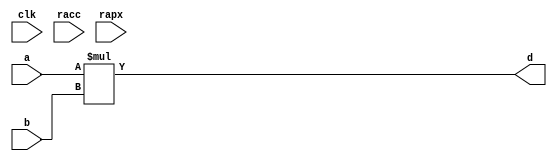
module conf_int_mul__noFF__arch_agnos( clk, racc, rapx, a, b, d);
   parameter OP_BITWIDTH = 16; 
   parameter DATA_PATH_BITWIDTH = 24;
   
   input clk;
   input racc;
   input rapx;
   input [DATA_PATH_BITWIDTH -1: 0] a;
   input [DATA_PATH_BITWIDTH -1 - 11: 0] b;
   output [(DATA_PATH_BITWIDTH + DATA_PATH_BITWIDTH ) - 1 - 11 : 0] d;
   assign d = $signed(a) * $signed(b);
endmodule

// *** F:DN multiplier wrapper
//module conf_int_mul__noFF__arch_agnos__w_wrapper( clk, racc, rapx, A_in_to_wrapper, B_in_to_wrapper, d, state, rstP, P, count0);

module conf_int_mul__noFF__arch_agnos__w_wrapper (A_in_to_wrapper, B_in_to_wrapper, state_in_to_wrapper, rstP, clk, racc,rapx, P, count0, state_out_of_wrapper);
   parameter OP_BITWIDTH = 16; //operator bit width
   parameter DATA_PATH_BITWIDTH = 24; //flip flop Bit width
   
   input [DATA_PATH_BITWIDTH -1: 0] A_in_to_wrapper;
   input [DATA_PATH_BITWIDTH -1 - 11: 0] B_in_to_wrapper;
   input [8:0] count0;
   input [2:0] state_in_to_wrapper;      
   output [2:0] state_out_of_wrapper;      
   input rstP; 
   input clk;
   input racc; //accurate bits reset  
   input rapx; //apx bits reset
   output [31:0] P; 

   wire [DATA_PATH_BITWIDTH -1: 0] A_in;
   wire [DATA_PATH_BITWIDTH -1 -11: 0] B_in;
   //wire [2*(DATA_PATH_BITWIDTH) - 1 : 0] d_;
   wire [(DATA_PATH_BITWIDTH + DATA_PATH_BITWIDTH) - 1 -11: 0] d_internal;
   wire [DATA_PATH_BITWIDTH -1 : 0] A_in_to_multiply;
   wire [DATA_PATH_BITWIDTH -1 - 11 : 0] B_in_to_multiply;
   //.................................................... 
   reg [DATA_PATH_BITWIDTH -1 : 0] a_reg;
   reg [DATA_PATH_BITWIDTH -1 -11: 0] b_reg;
   reg [31: 0] P_tmp;
   reg [31: 0] c_reg;  
   reg [2:0] state;      
   // *** F:DN combination logic 
   assign A_in = a_reg;
   assign B_in = b_reg;
  
//   assign A_in_to_multiply =  (state == 3'b010) ? (A_in << 8): {A_in[DATA_PATH_BITWIDTH: `OP_BITWIDTH], {(`OP_BITWIDTH){1'b0}}};
//   assign B_in_to_multiply =  (state == 3'b010) ? {B_in[DATA_PATH_BITWIDTH:`OP_BITWIDTH], {(`OP_BITWIDTH){1'b0}}} : {B_in[DATA_PATH_BITWIDTH:`OP_BITWIDTH], {(`OP_BITWIDTH){1'b0}}};
  
   //assign A_in_to_multiply =  (state == 3'b010) ? (A_in << 8): A_in;
   assign A_in_to_multiply =  A_in;
   assign B_in_to_multiply =  B_in;
   assign P = c_reg;
   //assign d_internal = (state == 3'b010) ? (d_internal>>8) : d_internal;
 
   // synopsys dc_script_begin
   //set_dont_touch d_internal
   // synopsys dc_script_end
   //assign d_internal = d_internal;

   conf_int_mul__noFF__arch_agnos #(OP_BITWIDTH, DATA_PATH_BITWIDTH) mul__inst(.clk(clk), .racc(racc), .rapx(rapx), .a(A_in_to_multiply), .b(B_in_to_multiply), .d(d_internal));
   //multiply mul(A_in_to_multiply, B_in_to_multiply, d_internal);

   assign state_out_of_wrapper = state;
   // *** F:DN sequential logic
   always@(posedge clk or posedge racc)
   begin 
       if (racc == 1'b1)begin
           state <= 0;
       end
       else begin
          state <= state_in_to_wrapper; 
       end
   end
   
   always@(posedge clk or posedge racc)
   begin
       if (racc == 1'b1)begin
//           a_reg[DATA_PATH_BITWIDTH -1: DATA_PATH_BITWIDTH - OP_BITWIDTH] <= 0;
//           b_reg[DATA_PATH_BITWIDTH -1: DATA_PATH_BITWIDTH - OP_BITWIDTH] <= 0;
           a_reg <= 0;
           b_reg <= 0;
       end
       else begin 
           //** lower chunk 
           if ((state == 3'b001 && count0 == 9'd63) || (state == 3'b010)) begin
               if (rapx == 1'b1 && ~(racc)) begin  
                   //A[DATA_PATH_BITWIDTH:a1_cut] <= A_in_to_wrapper; //commented out since a1_cut is set to be zero all the time
                   a_reg[DATA_PATH_BITWIDTH - 1 :0] <= ({A_in_to_wrapper[DATA_PATH_BITWIDTH - 1 -8:0], 8'b0});
                   b_reg[DATA_PATH_BITWIDTH -1 - 11: DATA_PATH_BITWIDTH - OP_BITWIDTH] <= B_in_to_wrapper[DATA_PATH_BITWIDTH -1 -11: DATA_PATH_BITWIDTH - OP_BITWIDTH  -1];
                   //b_reg[DATA_PATH_BITWIDTH - OP_BITWIDTH -1 :0] <= B_in_to_wrapper[DATA_PATH_BITWIDTH - OP_BITWIDTH -1 :0];
                   b_reg[DATA_PATH_BITWIDTH - OP_BITWIDTH -1 :0] <= 0;
               end
               else begin
                   //A[h:a1_cut] <= A_in_to_wrapper; //commented out since a1_cut is always set to zero
                   a_reg[DATA_PATH_BITWIDTH -1 :0] <= {A_in_to_wrapper[DATA_PATH_BITWIDTH - 1 - 8:0], 8'b0};
                   b_reg[DATA_PATH_BITWIDTH -1 -11 :0] <= B_in_to_wrapper[DATA_PATH_BITWIDTH -1 -11:0];
               end       
           end
           else if ((state == 3'b011) || (state == 3'b100))begin
               if (rapx == 1'b1 && ~(racc))begin  
                   a_reg[DATA_PATH_BITWIDTH -1: DATA_PATH_BITWIDTH - OP_BITWIDTH] <= A_in_to_wrapper[DATA_PATH_BITWIDTH -1 : DATA_PATH_BITWIDTH - OP_BITWIDTH];
                   a_reg[DATA_PATH_BITWIDTH - OP_BITWIDTH -1 :0] <=  0;// {(OP_BITWIDTH){1'b0}};
                   b_reg[DATA_PATH_BITWIDTH -1 - 11: DATA_PATH_BITWIDTH - OP_BITWIDTH] <= B_in_to_wrapper[DATA_PATH_BITWIDTH -1 -11 : DATA_PATH_BITWIDTH - OP_BITWIDTH];
                   b_reg[DATA_PATH_BITWIDTH - OP_BITWIDTH -1 :0] <= 0;//{(OP_BITWIDTH){1'b0}};
               end
               else begin
                   a_reg[DATA_PATH_BITWIDTH - 1 :0] <=  A_in_to_wrapper[DATA_PATH_BITWIDTH - 1: 0];
                   b_reg[DATA_PATH_BITWIDTH - 1 -11:0] <= B_in_to_wrapper[DATA_PATH_BITWIDTH - 1 -11:0];
               end
           end
       end
   end
  /*
  always@(posedge clk)
  begin
       if (racc == 1'b1)begin
           a_reg [DATA_PATH_BITWIDTH - OP_BITWIDTH -1 :0]<= 0;
           b_reg [DATA_PATH_BITWIDTH - OP_BITWIDTH -1 :0]<= 0;
       end
       else  if ((state == 3'b001 && count0 == 9'd63))
          begin
          if (rapx == 1'b1 && ~(racc))begin  
              //A[DATA_PATH_BITWIDTH:a1_cut] <= A_in_to_wrapper; //commented out since a1_cut is set to be zero all the time
              a_reg[DATA_PATH_BITWIDTH - OP_BITWIDTH -1 + 8 :0] <= ({A_in_to_wrapper[DATA_PATH_BITWIDTH - OP_BITWIDTH -1 :0], 8'b0});
              b_reg[DATA_PATH_BITWIDTH - OP_BITWIDTH -1 :0] <= 0;//{(OP_BITWIDTH){1'b0}};
          end
          else begin
              //A[h:a1_cut] <= A_in_to_wrapper; //commented out since a1_cut is always set to zero
              a_reg[DATA_PATH_BITWIDTH - OP_BITWIDTH -1 + 8 :0] <= {A_in_to_wrapper[DATA_PATH_BITWIDTH - OP_BITWIDTH -1 :0], 8'b0};
              b_reg[DATA_PATH_BITWIDTH - OP_BITWIDTH -1 :0] <= B_in_to_wrapper[DATA_PATH_BITWIDTH - OP_BITWIDTH -1 :0];
          end       
      end
      else if (state == 3'b010) begin
          if (state_in_to_wrapper != 3'b011) begin 
              if (rapx == 1'b1 && ~(racc))begin  
                  //A[DATA_PATH_BITWIDTH:a1_cut] <= A_in_to_wrapper; //commented out since a1_cut is set to be zero all the time
                  a_reg[DATA_PATH_BITWIDTH - OP_BITWIDTH -1 + 8 :0] <= ({A_in_to_wrapper[DATA_PATH_BITWIDTH - OP_BITWIDTH -1 :0],  8'b0});
                  b_reg[DATA_PATH_BITWIDTH - OP_BITWIDTH -1 :0] <= 0;//{(OP_BITWIDTH){1'b0}};
              end
              else begin
                  //A[h:a1_cut] <= A_in_to_wrapper; //commented out since a1_cut is always set to zero
                  a_reg[DATA_PATH_BITWIDTH - OP_BITWIDTH -1 + 8 :0] <= {A_in_to_wrapper[DATA_PATH_BITWIDTH - OP_BITWIDTH -1 :0], 8'b0};
                  b_reg[DATA_PATH_BITWIDTH - OP_BITWIDTH -1 :0] <= B_in_to_wrapper[DATA_PATH_BITWIDTH - OP_BITWIDTH -1 :0];
              end
          end
          else begin 
              if (rapx == 1'b1 && ~(racc))begin  
                  //A[DATA_PATH_BITWIDTH:a1_cut] <= A_in_to_wrapper; //commented out since a1_cut is set to be zero all the time
                  a_reg[DATA_PATH_BITWIDTH - OP_BITWIDTH -1  :0] <= A_in_to_wrapper[DATA_PATH_BITWIDTH - OP_BITWIDTH -1 :0];
                  b_reg[DATA_PATH_BITWIDTH - OP_BITWIDTH -1 :0] <= 0;//{(OP_BITWIDTH){1'b0}};
              end
              else begin
                  //A[h:a1_cut] <= A_in_to_wrapper; //commented out since a1_cut is always set to zero
                  a_reg[DATA_PATH_BITWIDTH - OP_BITWIDTH -1 :0] <= A_in_to_wrapper[DATA_PATH_BITWIDTH - OP_BITWIDTH -1 :0];
                  b_reg[DATA_PATH_BITWIDTH - OP_BITWIDTH -1 :0] <= B_in_to_wrapper[DATA_PATH_BITWIDTH - OP_BITWIDTH -1 :0];
              end
          end
      end
      else if ((state == 3'b011) ||
          (state == 3'b100))begin
          if (rapx == 1'b1 && ~(racc))begin  
              a_reg[DATA_PATH_BITWIDTH - OP_BITWIDTH -1 :0] <=  0;// {(OP_BITWIDTH){1'b0}};
              b_reg[DATA_PATH_BITWIDTH - OP_BITWIDTH -1 :0] <= 0;//{(OP_BITWIDTH){1'b0}};
          end
          else begin
              a_reg[DATA_PATH_BITWIDTH - OP_BITWIDTH -1 :0] <=  A_in_to_wrapper[DATA_PATH_BITWIDTH - OP_BITWIDTH - 1: 0];
              b_reg[DATA_PATH_BITWIDTH - OP_BITWIDTH - 1 :0] <= B_in_to_wrapper[DATA_PATH_BITWIDTH - OP_BITWIDTH -1 :0];

          end
      end
  end
*/
   always@(posedge clk)
   begin
       if (rstP == 1'b1) begin
           c_reg <= 32'b0;
       end
       else if (state ==  3'b010)begin
           //P_tmp[31:0] = ({{3{d_internal[31+8]}}, d_internal[31+8:3+8]});
           //P_tmp[31:0] = d_internal[31+8:8];
           
           P_tmp[31:0] = {d_internal[25+8+1:8+1], 6'b0}; //14 bit
           //P_tmp[31:0] = {d_internal[24+8:8], 7'b0}; //13 bit, 26 or 24 bit mul
           //P_tmp[31:0] = {d_internal[23+8:8], 8'b0}; //11 bit, 26 or 24 bit mul
           //P_tmp[31:0] = {d_internal[22+8:8], 9'b0}; //11 bit, 26 or 24 bit mul
           //P_tmp[31:0] = {d_internal[21+8:8], 10'b0}; //10 bit, 26 or 24 bit mul
           
           c_reg <= P_tmp;
       end
       else begin
           //c_reg[31:0] <= d_internal[39:8];
           
           c_reg[31:0] <= d_internal[39:8];  //14 bit, 26 bit mul
           //c_reg[31:0] <= d_internal[37:6];  //13 bit, 26 bit mul 
           //c_reg[31:0] <= d_internal[35:4];  //11 bit, 26 bit mul
           //c_reg[31:0] <= d_internal[33:2];  //11 bit, 26 bit mul
           //c_reg[31:0] <= d_internal[31:0];  //10 bit, 26 bit mul
           
           //c_reg[31:0] <= d_internal[37:6];  //14 bit
           
           
           //c_reg[31:0] <= d_internal[39:8];  //16 bit
           //c_reg[31:0] <= {{3{d_internal[39]}}, d_internal[39:11]};
       end
   end

endmodule